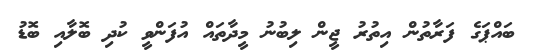
ބައްޕަގެ ފަރާތުން އިތުުރު ޖީން ލިބުނު މީދާތައް އުފަންވީ ކުދި ބޮލާއި ބޮޑު